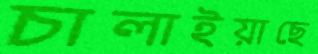
চালাইয়াছে